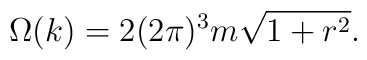
\Omega(k) = 2(2\pi)^3 m \sqrt{1+r^2}.